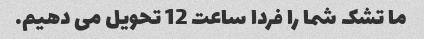
ما تشک شما را فردا ساعت 12 تحویل می دهیم.